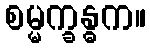
စမ္မက္ခန္ဓက။